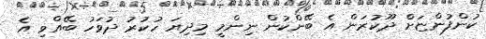
ކުންފުންޏަށް ދޫކުރަން އެ ބޭންކުން ނިންމީ މިދިޔަ ހުކުރު ދުވަހު ބޭއްވި އެ